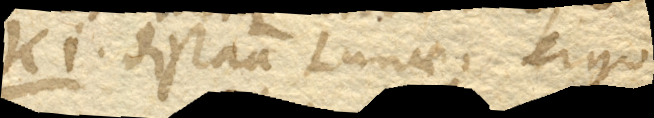
ki. distantia Lunae, ergo